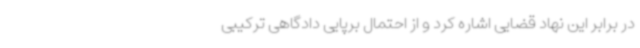
در برابر این نهاد قضایی اشاره کرد و از احتمال برپایی دادگاهی ترکیبی